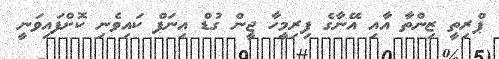
ޕްރިތީ ޒިންތާ އާއި އޭނާގެ ފިރިމީހާ ޖީން ގުޑް އިނަފް ކައިވެނި ކޮށްފައިވަނީ